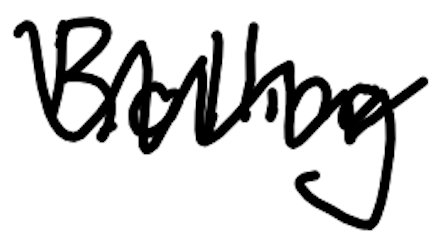
Text: Rolling
Cross-out: zig-zag
Writing tool: digital_black